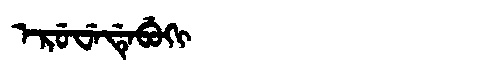
Manchu: ᡝᡵᡠᠸᡝᡩᡝᠪᡠᡴᡳ
Romanization: ERUWEDEBUKI